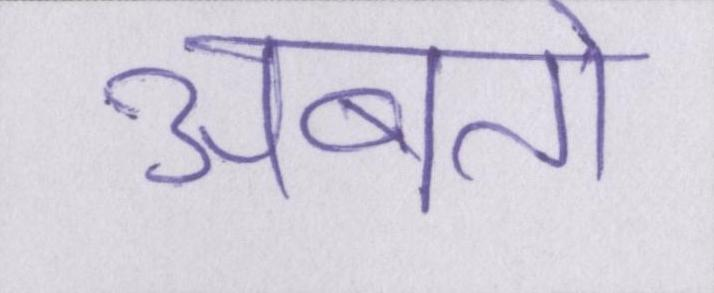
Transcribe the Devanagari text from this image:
अबतो